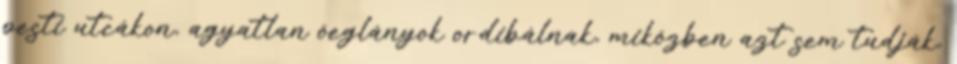
pesti utcákon, agyatlan öeglányok ordibálnak, miközben azt sem tudják,